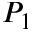
P _ { 1 }